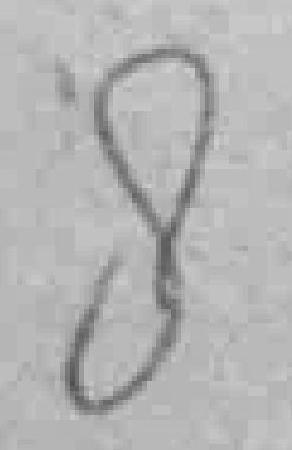
8